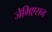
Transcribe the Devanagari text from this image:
जेमिएसन